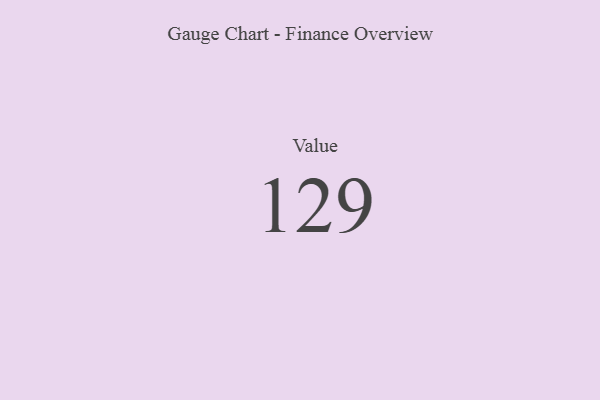
{"axis": {"x": "Metric", "y": "Value"}, "legend": [""], "data": [{"x": "Value", "y": 129, "type": ""}]}